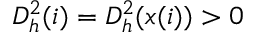
D _ { h } ^ { 2 } ( i ) = D _ { h } ^ { 2 } ( x ( i ) ) > 0